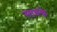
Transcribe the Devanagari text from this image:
स्तबके